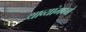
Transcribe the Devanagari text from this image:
थाव्यांमध्ये